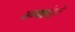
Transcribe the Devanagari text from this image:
अध्यक्षांमुळे